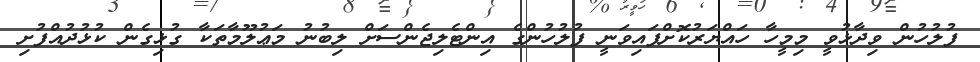
ފުލުހުން ވިދާޅުވީ މިމީހާ ހައްޔަރުކޮށްފައިވަނީ ފުލުހުންގެ އިންޓެލިޖެންސަށް ލިބުނު މަޢުލޫމާތަކާ ގުޅިގެން ކުޅުދުއްފުށި